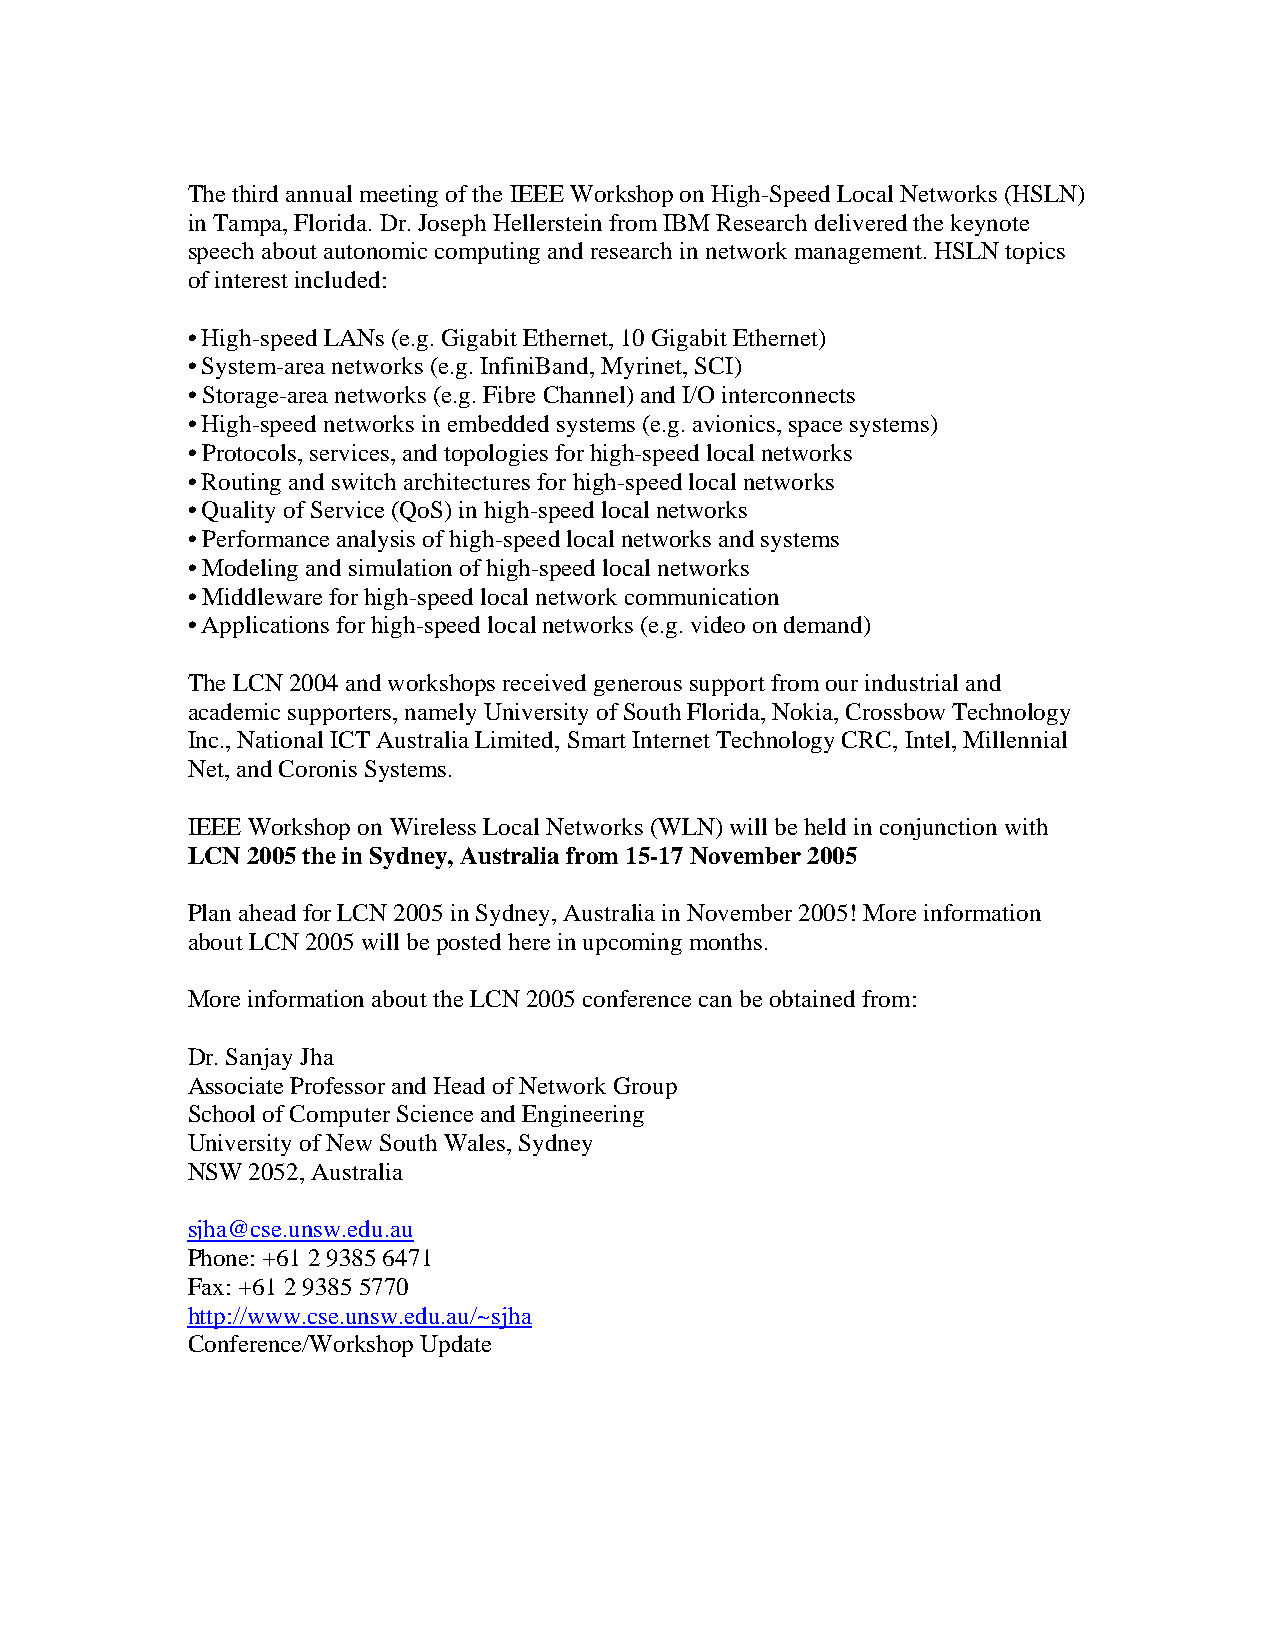
The third annual meeting of the IEEE Workshop on High-Speed Local Networks (HSLN)
 in Tampa, Florida. Dr. Joseph Hellerstein from IBM Research delivered the keynote
 speech about autonomic computing and research in network management. HSLN topics
 of interest included:
 • High-speed LANs (e.g. Gigabit Ethernet, 10 Gigabit Ethernet)
 • System-area networks (e.g. InfiniBand, Myrinet, SCI)
 • Storage-area networks (e.g. Fibre Channel) and I/O interconnects
 • High-speed networks in embedded systems (e.g. avionics, space systems)
 • Protocols, services, and topologies for high-speed local networks
 • Routing and switch architectures for high-speed local networks
 • Quality of Service (QoS) in high-speed local networks
 • Performance analysis of high-speed local networks and systems
 • Modeling and simulation of high-speed local networks
 • Middleware for high-speed local network communication
 • Applications for high-speed local networks (e.g. video on demand)
 The LCN 2004 and workshops received generous support from our industrial and
 academic supporters, namely University of South Florida, Nokia, Crossbow Technology
 Inc., National ICT Australia Limited, Smart Internet Technology CRC, Intel, Millennial
 Net, and Coronis Systems.
 IEEE Workshop on Wireless Local Networks (WLN) will be held in conjunction with
 LCN 2005 the in Sydney, Australia from 15-17 November 2005
 Plan ahead for LCN 2005 in Sydney, Australia in November 2005! More information
 about LCN 2005 will be posted here in upcoming months.
 More information about the LCN 2005 conference can be obtained from:
 Dr. Sanjay Jha
 Associate Professor and Head of Network Group
 School of Computer Science and Engineering
 University of New South Wales, Sydney
 NSW 2052, Australia
 sjha@cse.unsw.edu.au
 Phone: +61 2 9385 6471
 Fax: +61 2 9385 5770
 http://www.cse.unsw.edu.au/~sjha
 Conference/Workshop Update